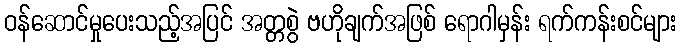
ဝန်ဆောင်မှုပေးသည့်အပြင် အတ္တစွဲ ဗဟိုချက်အဖြစ် ရောဂါမှန်း ရက်ကန်းစင်များ